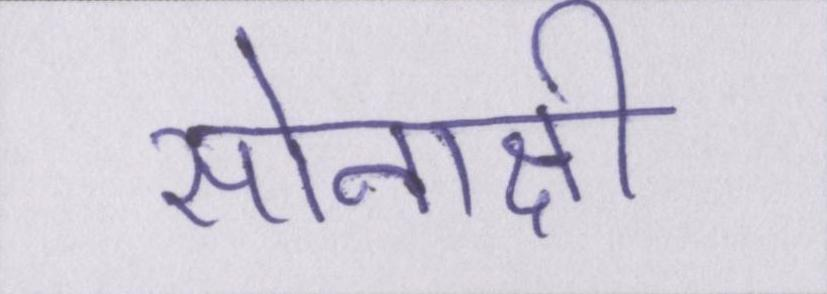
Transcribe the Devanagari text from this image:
सोनाक्षी